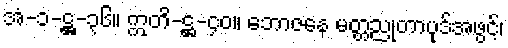
အံ-၁-ဋ္ဌ-၃၆။ ဣတိ-ဋ္ဌ-၄၀။ ဘောဇနေ မတ္တညုတာပုဒ်အဖွင့်၊